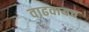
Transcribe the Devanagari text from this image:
वाढवायच